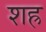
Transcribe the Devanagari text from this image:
शह्र